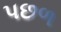
પછળ